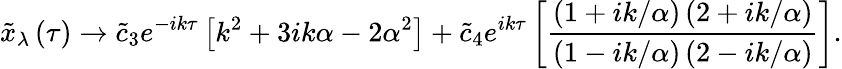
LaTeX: \tilde{x}_{\lambda}\left(\tau\right)\rightarrow\tilde{c}_{3}e^{-ik\tau}\left[k^{2}+3ik\alpha-2\alpha^{2}\right]+\tilde{c}_{4}e^{ik\tau}\left[\frac{\left(1+ik/\alpha\right)\left(2+ik/\alpha\right)}{\left(1-ik/\alpha\right)\left(2-ik/\alpha\right)}\right].